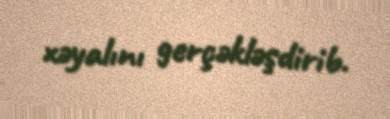
xəyalını gerçəkləşdirib.